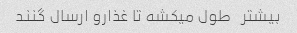
بیشتر   طول میکشه تا غذارو ارسال گنند